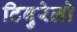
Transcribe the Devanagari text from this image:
टिबुरेलो